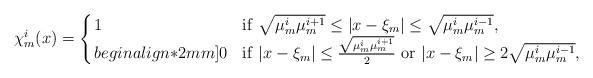
LaTeX: \begin{align*}\chi_m^i(x) =\left\{ \arraycolsep=1.5pt \begin{array}{lll}1 \ \ & {\rm if}\ \sqrt{\mu_m^i\mu_m^{i+1}}\leq |x-\xi_m|\leq \sqrt{\mu_m^i\mu_m^{i-1}}, \\begin{align*}2mm]0 \ \ & {\rm if}\ |x-\xi_m|\leq\frac{\sqrt{\mu_m^i\mu_m^{i+1}}}{2} \ {\rm or } \ |x-\xi_m|\geq 2\sqrt{\mu_m^i\mu_m^{i-1}},\end{array}\right.\end{align*}